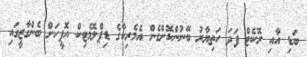
ބަޑި އާއި ރޮކެޓް ފަދަ ހަތިޔާރު ބޭނުންކޮށްގެން އެމެރިކާގެ ޑިޕްލޮމެޓިކް އޮފީހަށް ބެންގާޒީގައި